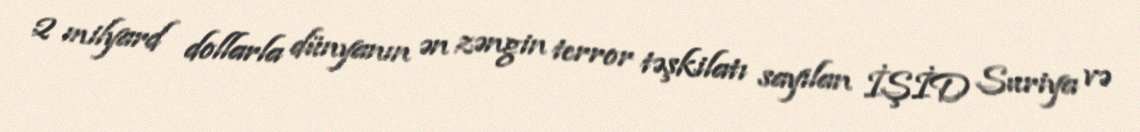
2 milyard dollarla dünyanın ən zəngin terror təşkilatı sayılan İŞİD Suriya və